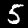
Digit: 5